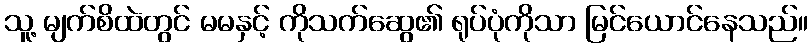
သူ့ မျက်စိထဲတွင် မမနှင့် ကိုသက်ဆွေ၏ ရုပ်ပုံကိုသာ မြင်ယောင်နေသည်။